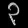
Digit: ၃